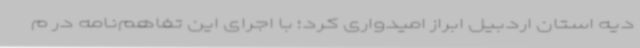
دیه استان اردبیل ابراز امیدواری کرد؛ با اجرای این تفاهم‌نامه در م